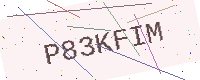
Text: P83KFIM